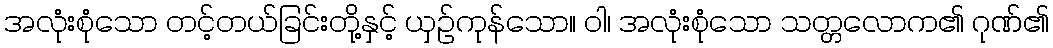
အလုံးစုံသော တင့်တယ်ခြင်းတို့နှင့် ယှဉ်ကုန်သော။ ဝါ၊ အလုံးစုံသော သတ္တလောက၏ ဂုဏ်၏